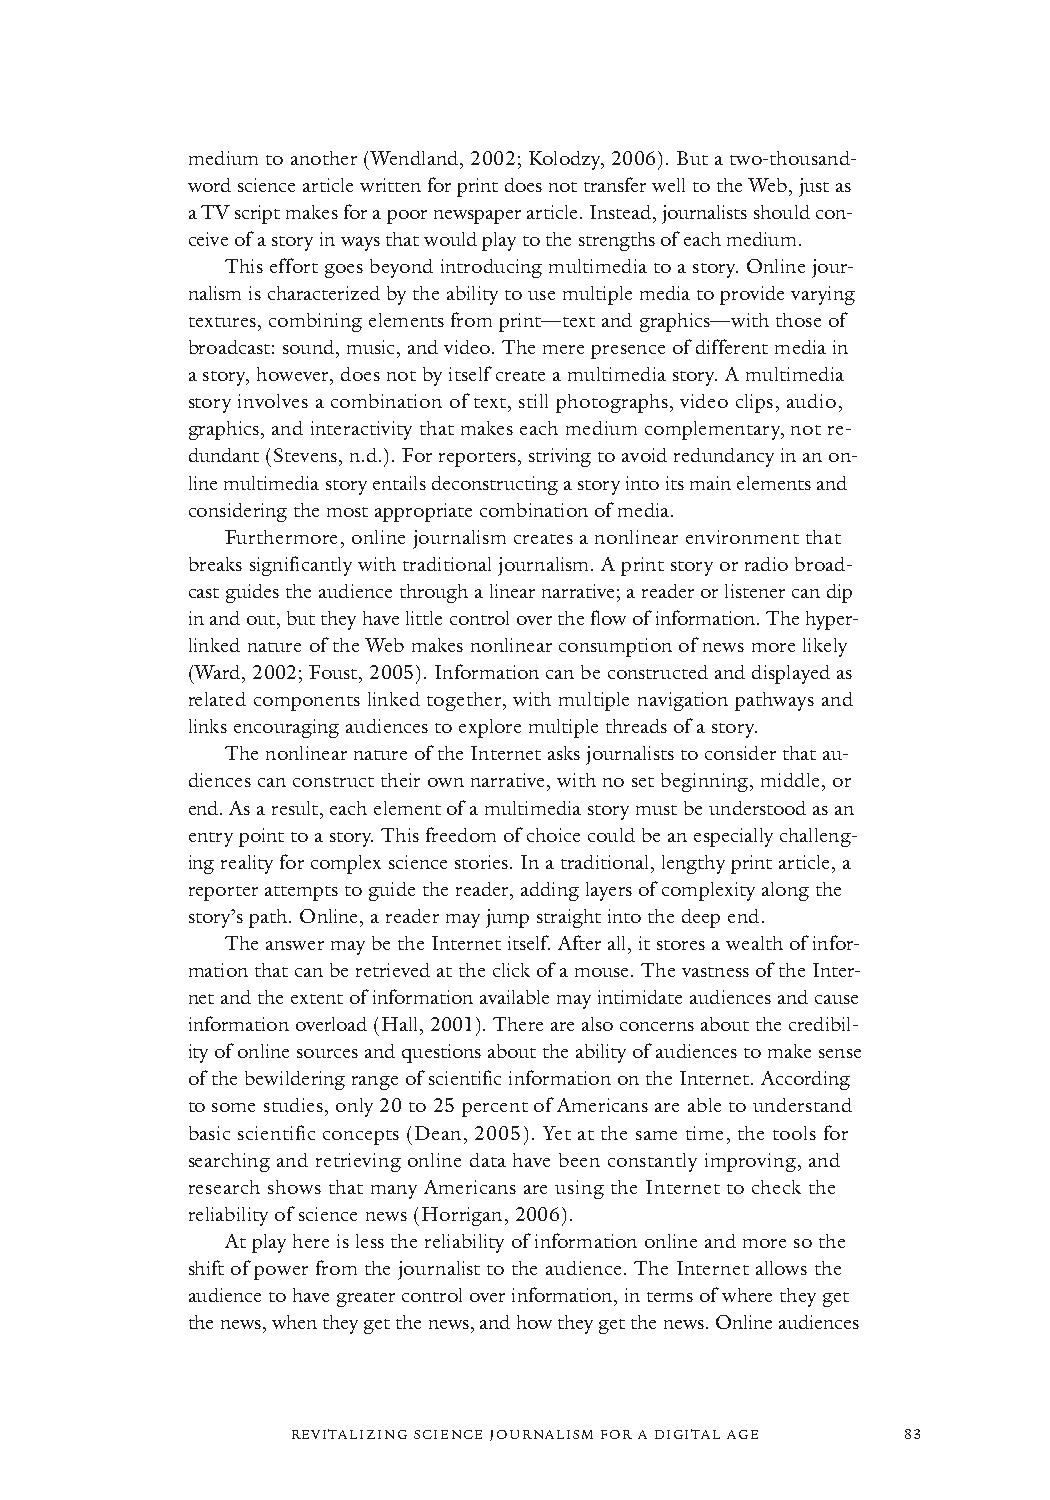
medium to another (Wendland, 2002; Kolodzy, 2006). But a two-thousand-
 word science article written for print does not transfer well to the Web, just as
 a TV script makes for a poor newspaper article. Instead, journalists should con-
 ceive of a story in ways that would play to the strengths of each medium.
 This effort goes beyond introducing multimedia to a story. Online jour-
 nalism is characterized by the ability to use multiple media to provide varying
 textures, combining elements from print—text and graphics—with those of
 broadcast: sound, music, and video. The mere presence of different media in
 a story, however, does not by itself create a multimedia story. A multimedia
 story involves a combination of text, still photographs, video clips, audio,
 graphics, and interactivity that makes each medium complementary, not re-
 dundant (Stevens, n.d.). For reporters, striving to avoid redundancy in an on-
 line multimedia story entails deconstructing a story into its main elements and
 considering the most appropriate combination of media.
 Furthermore, online journalism creates a nonlinear environment that
 breaks significantly with traditional journalism. A print story or radio broad-
 cast guides the audience through a linear narrative; a reader or listener can dip
 in and out, but they have little control over the flow of information. The hyper-
 linked nature of the Web makes nonlinear consumption of news more likely
 (Ward, 2002; Foust, 2005). Information can be constructed and displayed as
 related components linked together, with multiple navigation pathways and
 links encouraging audiences to explore multiple threads of a story.
 The nonlinear nature of the Internet asks journalists to consider that au-
 diences can construct their own narrative, with no set beginning, middle, or
 end. As a result, each element of a multimedia story must be understood as an
 entry point to a story. This freedom of choice could be an especially challeng-
 ing reality for complex science stories. In a traditional, lengthy print article, a
 reporter attempts to guide the reader, adding layers of complexity along the
 story’s path. Online, a reader may jump straight into the deep end.
 The answer may be the Internet itself. After all, it stores a wealth of infor-
 mation that can be retrieved at the click of a mouse. The vastness of the Inter-
 net and the extent of information available may intimidate audiences and cause
 information overload (Hall, 2001). There are also concerns about the credibil-
 ity of online sources and questions about the ability of audiences to make sense
 of the bewildering range of scientific information on the Internet. According
 to some studies, only 20 to 25 percent of Americans are able to understand
 basic scientific concepts (Dean, 2005). Yet at the same time, the tools for
 searching and retrieving online data have been constantly improving, and
 research shows that many Americans are using the Internet to check the
 reliability of science news (Horrigan, 2006).
 At play here is less the reliability of information online and more so the
 shift of power from the journalist to the audience. The Internet allows the
 audience to have greater control over information, in terms of where they get
 the news, when they get the news, and how they get the news. Online audiences
 REVITALIZING SCIENCE JOURNALISM FOR A DIGITAL AGE 83